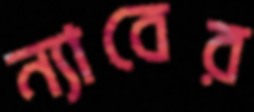
ন্যাবের